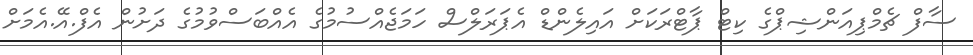
ސާފް ޗެމްޕިއަންޝިޕްގެ ކިޓް ޕާޓްރަކަށް އައިލެންޑް އެޕަރަލްސް ހަމަޖެއްސުމުގެ އެއްބަސްވުމުގެ ދަށުން އެފް.އޭ.އެމަށް